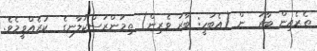
ތެރެއިން ބާރަ  ން (އެބަހީ: ބާރަ ވެރިން) ތިމަންރަސްކަލާނގެ  ކުރެއްވީމެވެ.